Document type: payment_order
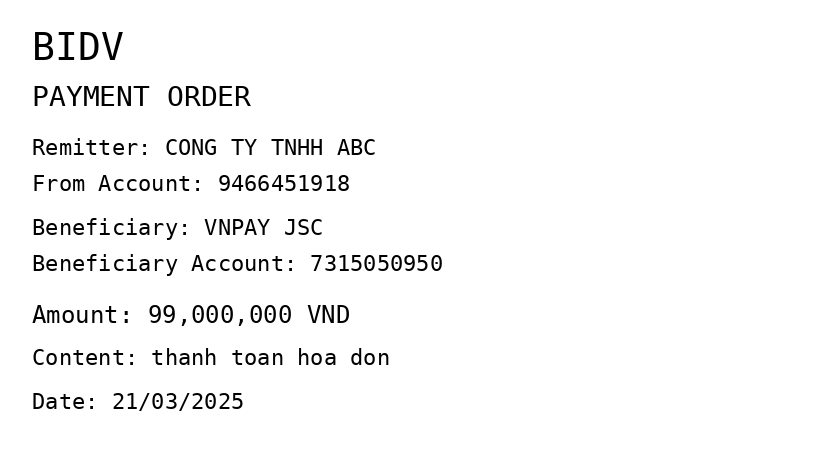
OCR transcript:
BIDV
PAYMENT ORDER
Remitter: CONG TY TNHH ABC
From Account: 9466451918
Beneficiary: VNPAY JSC
Beneficiary Account: 7315050950
Amount: 99,000,000 VND
Content: thanh toan hoa don
Date: 21/03/2025
Extracted fields:
bank_name: bidv
sender_name: cong ty tnhh abc
sender_account: 9466451918
beneficiary_name: vnpay jsc
beneficiary_account: 7315050950
amount: 99000000
content: thanh toan hoa don
date: 2025-03-21